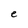
Character: e